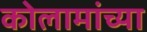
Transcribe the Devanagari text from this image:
कोलामांच्या